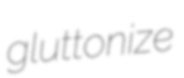
gluttonize